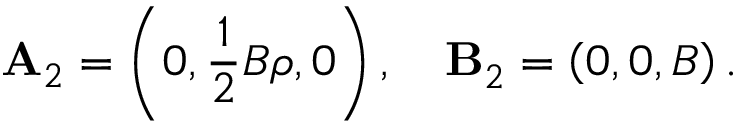
\mathbf { A } _ { 2 } = \left( 0 , \frac { 1 } { 2 } B \rho , 0 \right) \mathbf { , ~ ~ \ B } _ { 2 } = \left( 0 , 0 , B \right) .